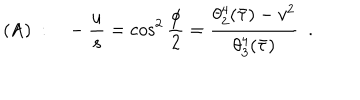
( \mathrm { A } ) ~ : \ \ \ - { \frac { u } { s } } = \cos ^ { 2 } { \frac { \phi } { 2 } } = { \frac { \theta _ { 2 } ^ { 4 } ( \bar { \tau } ) - v ^ { 2 } } { \theta _ { 3 } ^ { 4 } ( \bar { \tau } ) } } \ \ .